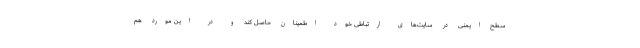
سطح ایمنی در سایت‌های ارتباطی خود اطمینان حاصل کند و در این مورد هم